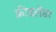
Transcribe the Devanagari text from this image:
फ्रीडलेंडर